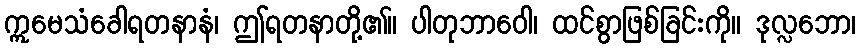
ဣမေသံခေါရတနာနံ၊ ဤရတနာတို့၏။ ပါတုဘာဝေါ၊ ထင်စွာဖြစ်ခြင်းကို။ ဒုလ္လဘော၊